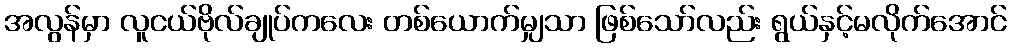
အလွန်မှာ လူငယ်ဗိုလ်ချုပ်ကလေး တစ်ယောက်မျှသာ ဖြစ်သော်လည်း ရွယ်နှင့်မလိုက်အောင်